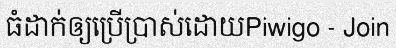
ធំដាក់ឲ្យប្រើប្រាស់ដោយPiwigo - Join